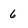
Character: 6